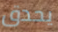
يحدق